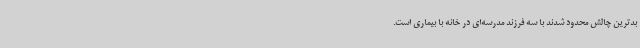
بدترین چالش محدود شدند با سه فرزند مدرسه‌ای در خانه با بیماری است.